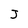
Character: S